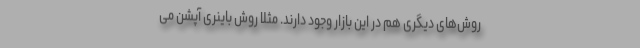
روش‌های دیگری هم در این بازار وجود دارند. مثلا روش باینری آپشن می